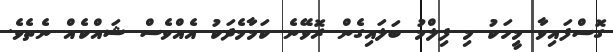
ގޮސްފައިވާ މީހަކު މި ފިލްމު ބަލައިގެން ރޮވޭނެ ކަމާމެދަކު އެއްވެސް ޝައްކެއް ނެތެވެ.